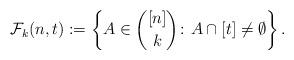
LaTeX: \begin{align*}\mathcal{F}_k(n,t):= \left\{A\in \binom{[n]}{k}\colon A\cap [t]\neq \emptyset\right\}.\end{align*}